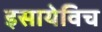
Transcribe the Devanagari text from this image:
इसायेविच